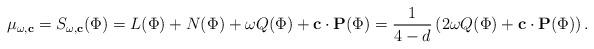
LaTeX: \begin{align*}\mu_{\omega,\mathbf{c}}=S_{\omega,\mathbf{c}}(\Phi)&=L(\Phi)+N(\Phi)+\omega Q(\Phi)+\mathbf{c}\cdot \mathbf{P}(\Phi)=\frac{1}{4-d}\left(2\omega Q(\Phi)+\mathbf{c}\cdot \mathbf{P}(\Phi)\right). \end{align*}